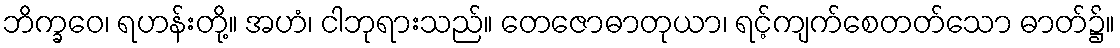
ဘိက္ခဝေ၊ ရဟန်းတို့။ အဟံ၊ ငါဘုရားသည်။ တေဇောဓာတုယာ၊ ရင့်ကျက်စေတတ်သော ဓာတ်၌။